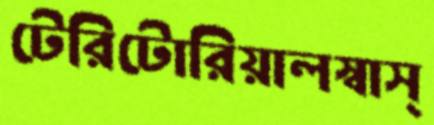
টেরিটোরিয়ালস্বাস্